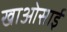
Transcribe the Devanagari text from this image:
खाओसाई